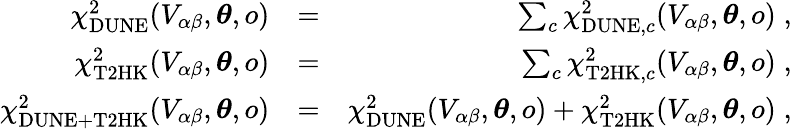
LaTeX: \begin{array}{rlr}{\chi_{\mathrm{DUNE}}^{2}(V_{\alpha\beta},\boldsymbol{\theta},o)}&{=}&{\sum_{c}\chi_{\mathrm{DUNE},c}^{2}(V_{\alpha\beta},\boldsymbol{\theta},o)\; ,}\\ {\chi_{\mathrm{T2HK}}^{2}(V_{\alpha\beta},\boldsymbol{\theta},o)}&{=}&{\sum_{c}\chi_{\mathrm{T2HK},c}^{2}(V_{\alpha\beta},\boldsymbol{\theta},o)\; ,}\\ {\chi_{\mathrm{DUNE}+\mathrm{T2HK}}^{2}(V_{\alpha\beta},\boldsymbol{\theta},o)}&{=}&{\chi_{\mathrm{DUNE}}^{2}(V_{\alpha\beta},\boldsymbol{\theta},o)+\chi_{\mathrm{T2HK}}^{2}(V_{\alpha\beta},\boldsymbol{\theta},o)\; ,}\end{array}